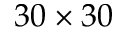
3 0 \times 3 0